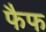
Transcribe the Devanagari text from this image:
फैफ